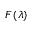
F \left( \lambda \right)